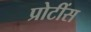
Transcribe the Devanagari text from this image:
प्रोटींस